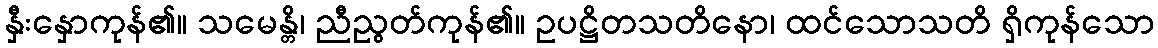
နှီးနှောကုန်၏။ သမေန္တိ၊ ညီညွတ်ကုန်၏။ ဥပဋ္ဌိတသတိနော၊ ထင်သောသတိ ရှိကုန်သော